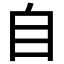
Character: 自